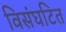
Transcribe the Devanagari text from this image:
विसंघटित